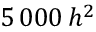
5 \, 0 0 0 \, h ^ { 2 }